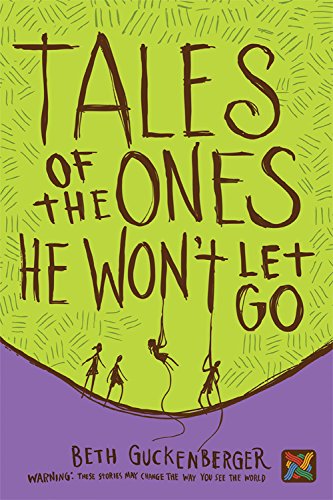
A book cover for Tales of the Ones He Won't Let Go (Storyweaver); Beth Guckenberger; Children's Books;